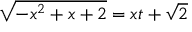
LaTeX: { \sqrt { - x ^ { 2 } + x + 2 } } = x t + { \sqrt { 2 } }